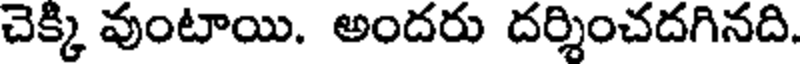
చెక్కి వుంటాయి. అందరు దర్శించదగినది.